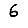
Digit: 6